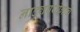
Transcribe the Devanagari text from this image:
नाट्यप्रयोगाचे